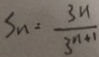
S _ { n } = \frac { 3 n } { 3 ^ { n + 1 } }